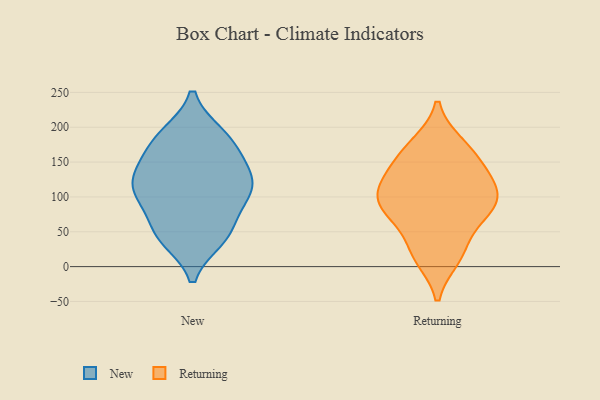
{"axis": {"x": "Gross Profit (USD K)", "y": "Value"}, "legend": ["New", "Returning"], "data": [{"x": "", "y": 103, "type": "New"}, {"x": "", "y": 136, "type": "New"}, {"x": "", "y": 163, "type": "New"}, {"x": "", "y": 130, "type": "New"}, {"x": "", "y": 43, "type": "New"}, {"x": "", "y": 113, "type": "New"}, {"x": "", "y": 40, "type": "New"}, {"x": "", "y": 189, "type": "New"}, {"x": "", "y": 56, "type": "New"}, {"x": "", "y": 107, "type": "New"}, {"x": "", "y": 187, "type": "New"}, {"x": "", "y": 184, "type": "New"}, {"x": "", "y": 111, "type": "New"}, {"x": "", "y": 92, "type": "New"}, {"x": "", "y": 46, "type": "New"}, {"x": "", "y": 146, "type": "New"}, {"x": "", "y": 175, "type": "Returning"}, {"x": "", "y": 136, "type": "Returning"}, {"x": "", "y": 13, "type": "Returning"}, {"x": "", "y": 93, "type": "Returning"}, {"x": "", "y": 101, "type": "Returning"}, {"x": "", "y": 69, "type": "Returning"}, {"x": "", "y": 164, "type": "Returning"}, {"x": "", "y": 24, "type": "Returning"}, {"x": "", "y": 104, "type": "Returning"}, {"x": "", "y": 78, "type": "Returning"}, {"x": "", "y": 130, "type": "Returning"}]}